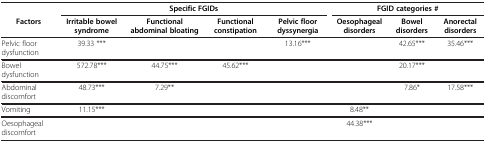
<table><thead><tr><td>[EMPTY_CELL]</td><td colspan="4"><b>Specific FGIDs</b></td><td colspan="3"><b>FGID categories #</b></td></tr><tr><td><b>Factors</b></td><td><b>Irritable bowel syndrome</b></td><td><b>Functional abdominal bloating</b></td><td><b>Functional constipation</b></td><td><b>Pelvic floor dyssynergia</b></td><td><b>Oesophageal disorders</b></td><td><b>Bowel disorders</b></td><td><b>Anorectal disorders</b></td></tr></thead><tbody><tr><td>Pelvic floor dysfunction</td><td>39.33 ***</td><td>[EMPTY_CELL]</td><td>[EMPTY_CELL]</td><td>13.16***</td><td>[EMPTY_CELL]</td><td>42.65***</td><td>35.46***</td></tr><tr><td>Bowel dysfunction</td><td>572.78***</td><td>44.75***</td><td>45.62***</td><td>[EMPTY_CELL]</td><td>[EMPTY_CELL]</td><td>20.17***</td><td>[EMPTY_CELL]</td></tr><tr><td>Abdominal discomfort</td><td>48.73***</td><td>7.29**</td><td>[EMPTY_CELL]</td><td>[EMPTY_CELL]</td><td>[EMPTY_CELL]</td><td>7.86*</td><td>17.58***</td></tr><tr><td>Vomiting</td><td>11.15***</td><td>[EMPTY_CELL]</td><td>[EMPTY_CELL]</td><td>[EMPTY_CELL]</td><td>8.48**</td><td>[EMPTY_CELL]</td><td>[EMPTY_CELL]</td></tr><tr><td>Oesophageal discomfort</td><td>[EMPTY_CELL]</td><td>[EMPTY_CELL]</td><td>[EMPTY_CELL]</td><td>[EMPTY_CELL]</td><td>44.38***</td><td>[EMPTY_CELL]</td><td>[EMPTY_CELL]</td></tr></tbody></table>